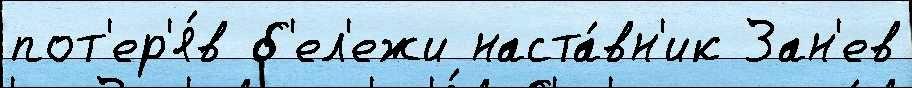
пот'ер'я́в б'ел'ежи наста́вн'ик Зан'ев